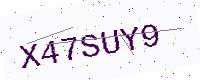
Text: X47SUY9